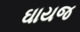
ઘાયજ